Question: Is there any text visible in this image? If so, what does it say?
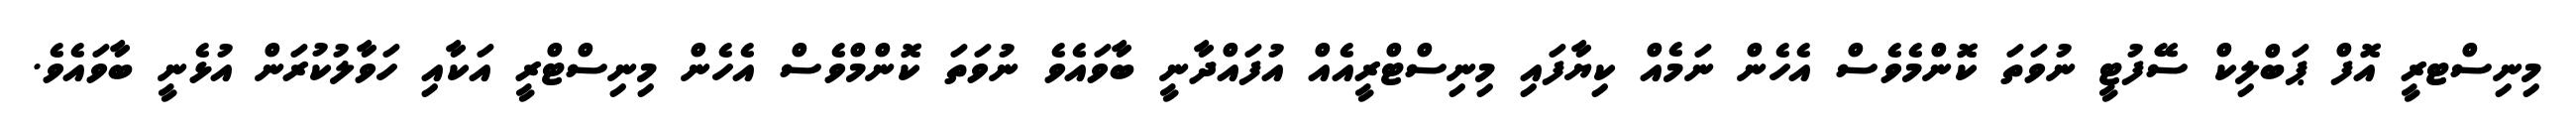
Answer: މިނިސްޓރީ އޮފް ޕަބްލިކް ސޭފުޓީ ނުވަތަ ކޮންމެވެސް އެހެން ނަމެއް ކިޔާފައި މިނިސްޓްރީއެއް އުފައްދާނީ ބާވައެވެ ނުވަތަ ކޮންމްވެސް އެހެން މިނިސްޓްރީ އަކާއި ހަވާލުކުރަން އުޅެނީ ބާވައެވެ.